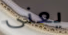
يعنى